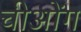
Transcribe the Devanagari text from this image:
चीओंग